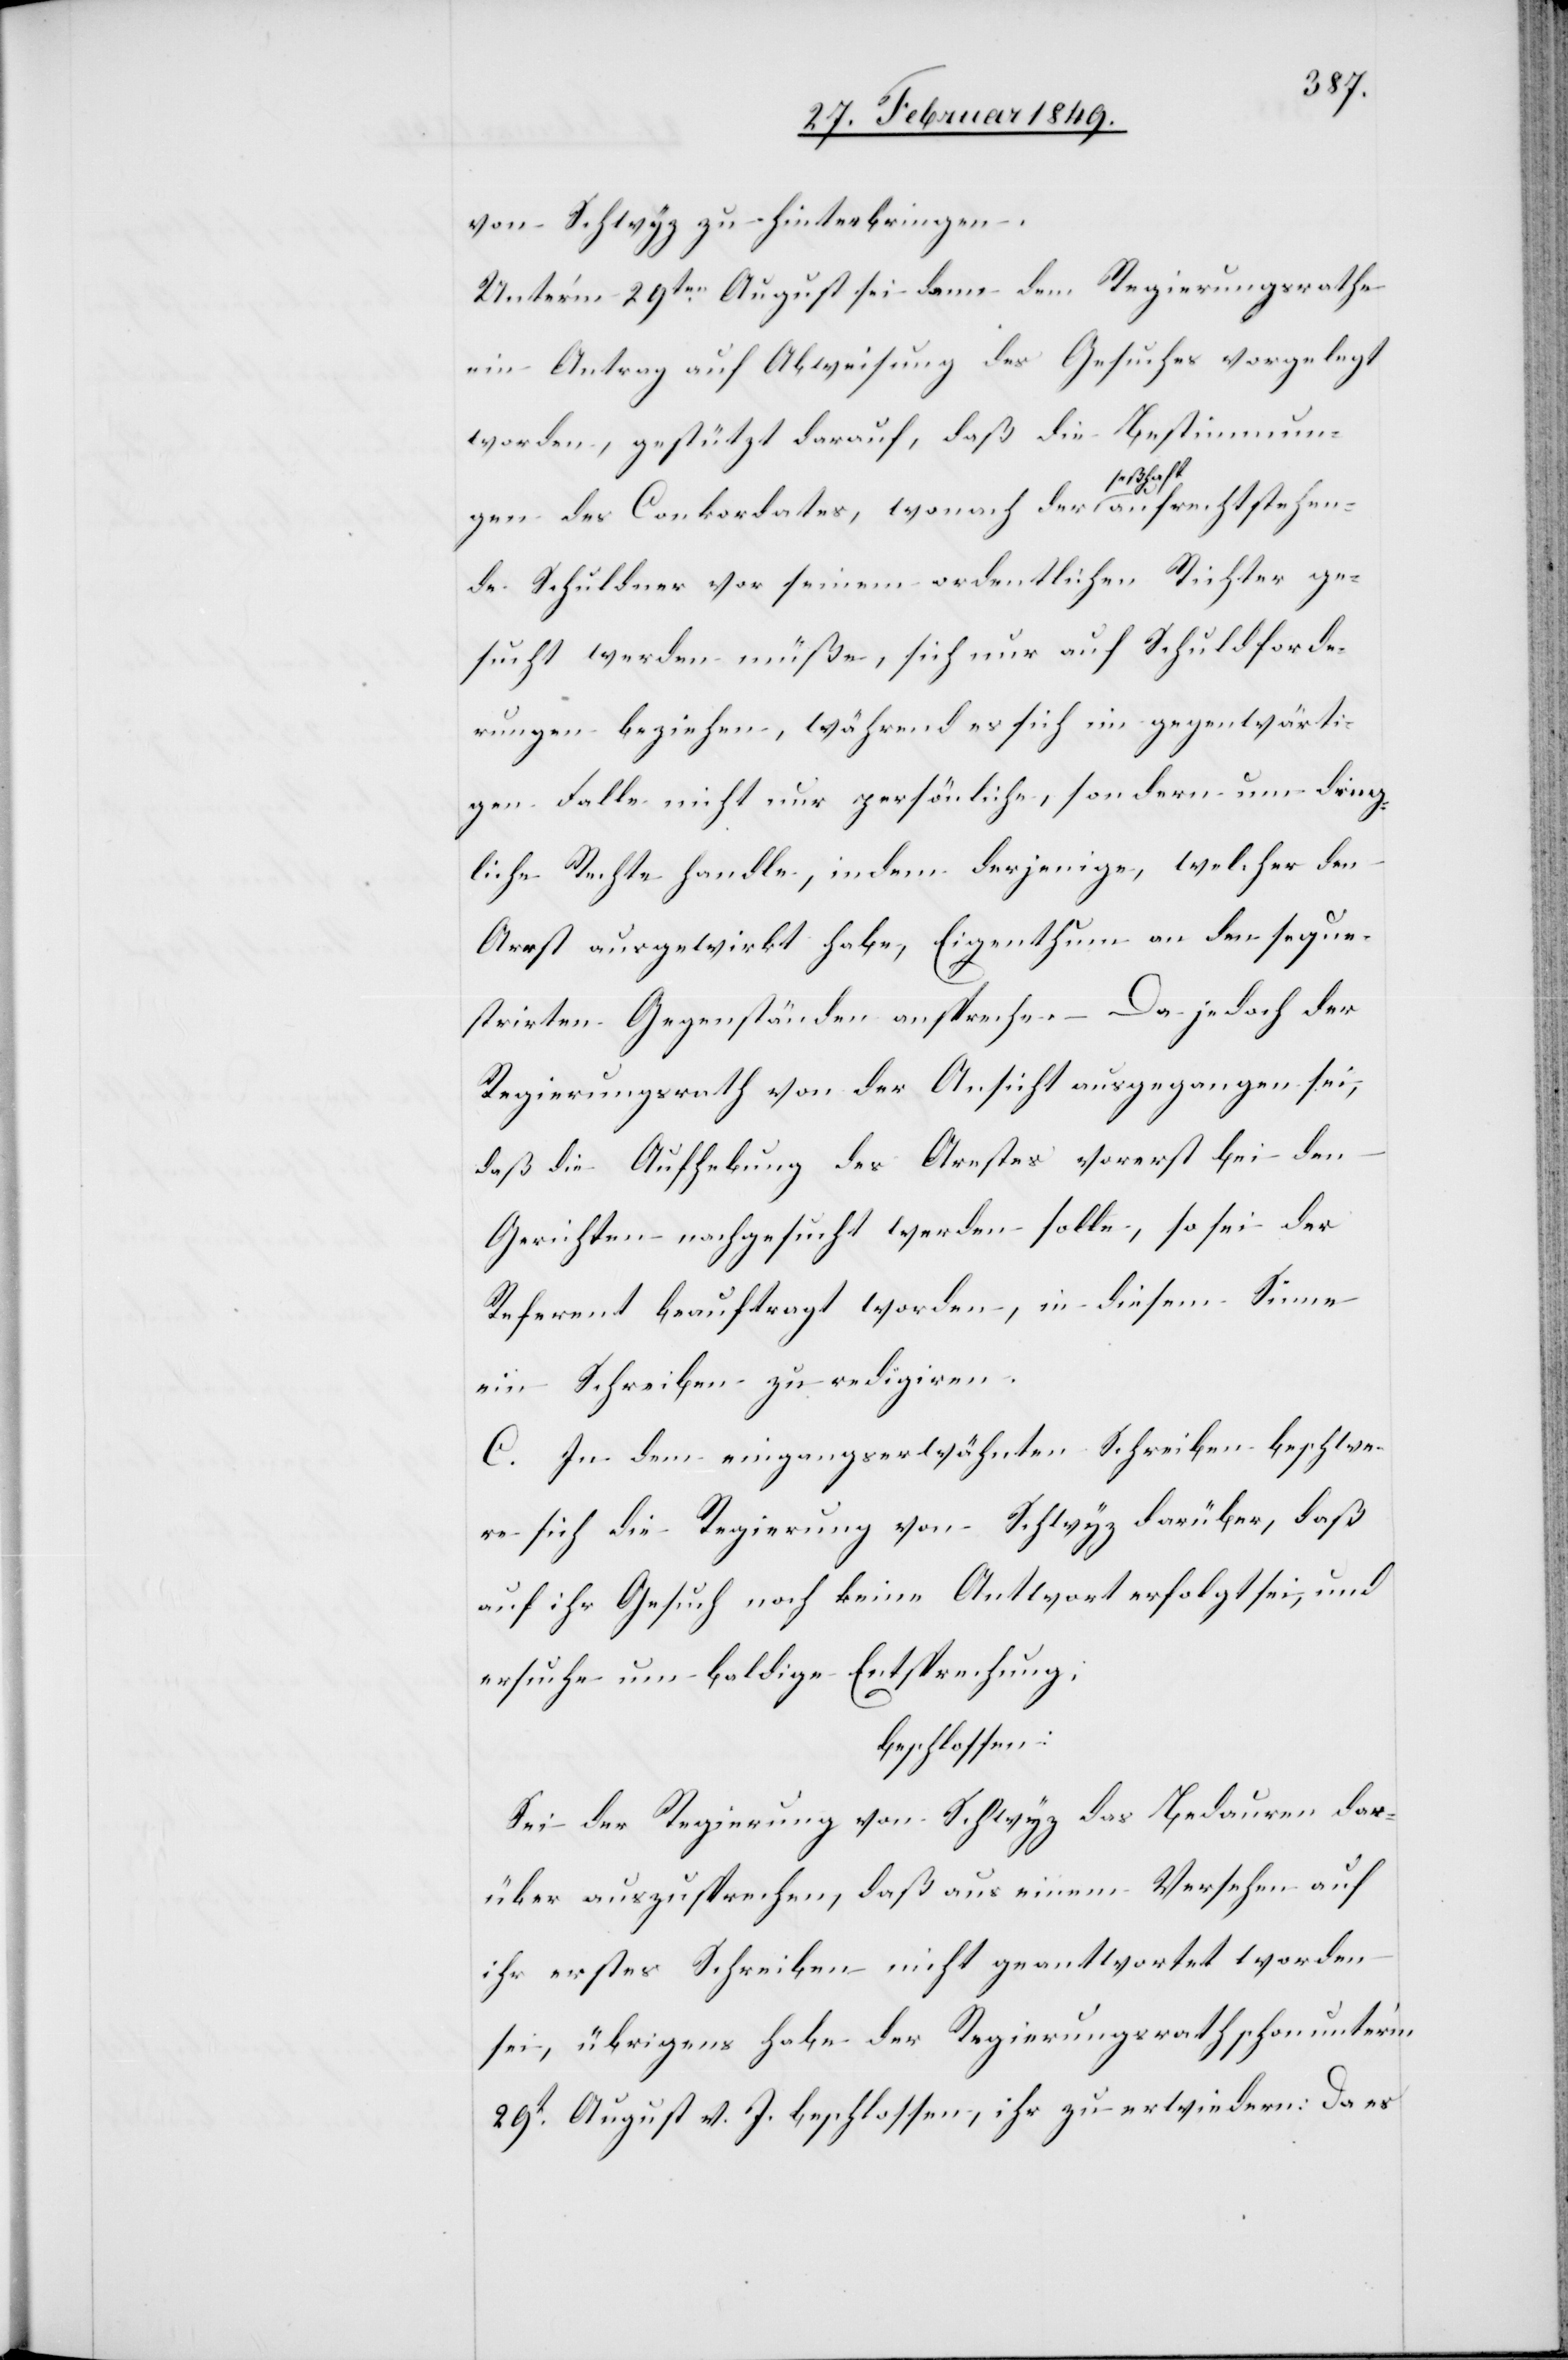
von Schwyz zu hinterbringen.
Unter’m 29ten. August sei dann dem Regierungsrathe
ein Antrag auf Abweisung des Gesuches vorgelegt
worden, gestützt darauf, daß die Bestimmun¬
gen des Conkordates, wonach der seßhaft aufrechtstehen¬
de Schuldner vor seinem ordentlichen Richter ge¬
sucht werden müße, sich nur auf Schuldforde¬
rungen beziehen, während es sich im gegenwärti¬
gen Falle nicht nur persönliche, sondern um dring¬
liche Rechte handle, indem derjenige, welcher den
Arest ausgewirkt habe, Eigenthum an den seque¬
strirten Gegenständen anspreche. – Da jedoch der
Regierungsrath von der Ansicht ausgegangen sei,
daß die Aufhebung des Arestes vorerst bei den
Gerichten nachgesucht werden solle, so sei der
Referent beauftragt worden, in diesem Sinne
ein Schreiben zu redigiren.
C. In dem eingangs erwähnten Schreiben beschwe¬
re sich die Regierung von Schwyz darüber, daß
auf ihr Gesuch noch keine Antwort erfolgt sei, und
ersuche um baldige Entsprechung;
beschlossen:
Sei der Regierung von Schwyz das Bedauren dar¬
über auszusprechen, daß aus einem Versehen auf
ihr erstes Schreiben nicht geantwortet worden
sei, übrigens habe der Regierungsrath schon unter’m
29t. August v. J. beschlossen, ihr zu erwiedern: Da es